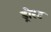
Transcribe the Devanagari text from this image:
ड्रोस्ट